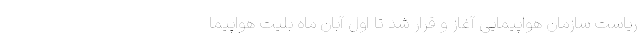
ریاست سازمان هواپیمایی آغاز و قرار شد تا اول آبان ماه بلیت هواپیما